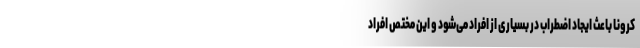
کرونا باعث ایجاد اضطراب در بسیاری از افراد می‌شود و این مختص افراد